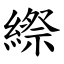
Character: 縩